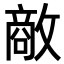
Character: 𪯔